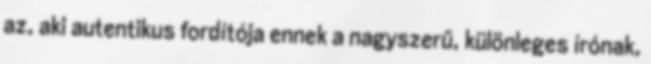
az, aki autentikus fordítója ennek a nagyszerű, különleges írónak,